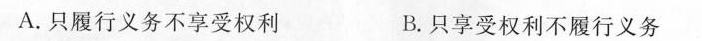
A.只履行义务不享受权利 B.只享受权利不履行义务